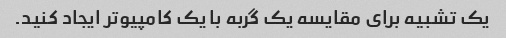
یک تشبیه برای مقایسه یک گربه با یک کامپیوتر ایجاد کنید.